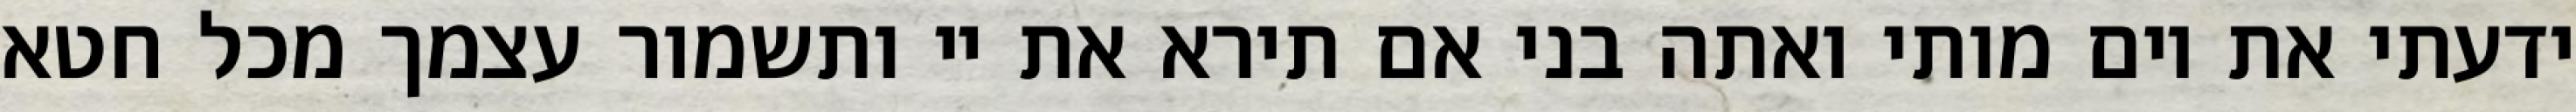
ידעתי את יום מותי ואתה בני אם תירא את יי ותשמור עצמך מכל חטא